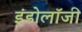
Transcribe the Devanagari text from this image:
इंडोलॉजी